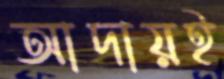
আদায়ই